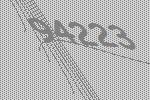
94223